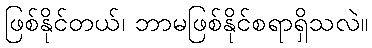
ဖြစ်နိုင်တယ်၊ ဘာမဖြစ်နိုင်စရာရှိသလဲ။